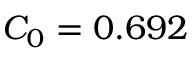
C _ { 0 } = 0 . 6 9 2